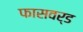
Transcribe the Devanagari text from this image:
फासवर्ड